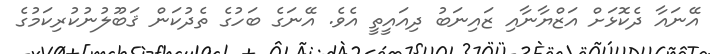
އޭނައާ ދެކޮޅަށް އަޒްޔާނާއި ޒައިނަބު ދިއައީތީ އެވެ. އޭނަގެ ބަހުގެ ތެދުކަން ޤަބޫލުނުކުރިކަމުގެ